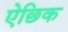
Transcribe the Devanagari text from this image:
ऐछिक